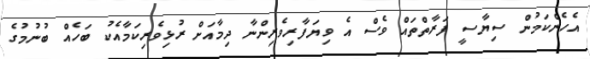
އެހެންކަމުން ސިޔާސީ ފަރާތްތައް ވެސް އެ ވިޔަފާރިވެރިންނާ ދިމާއަށް ރުޅިވެރިކަމާއެކު ބަހެއް ބުނުމުގެ